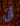
أن